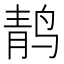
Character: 䴖